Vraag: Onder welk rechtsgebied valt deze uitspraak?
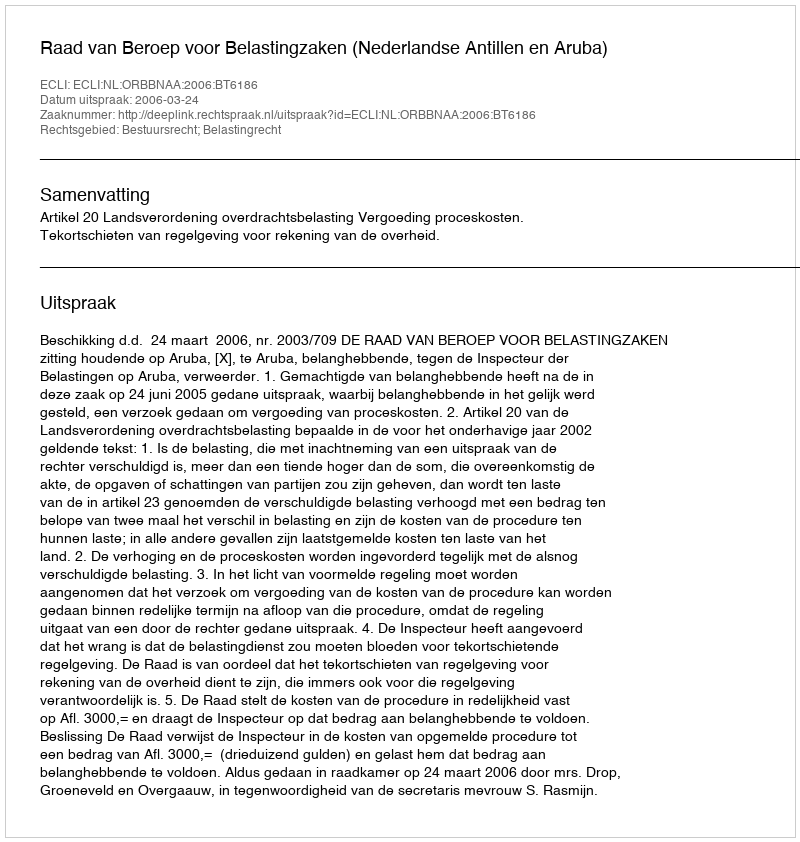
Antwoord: Bestuursrecht; Belastingrecht